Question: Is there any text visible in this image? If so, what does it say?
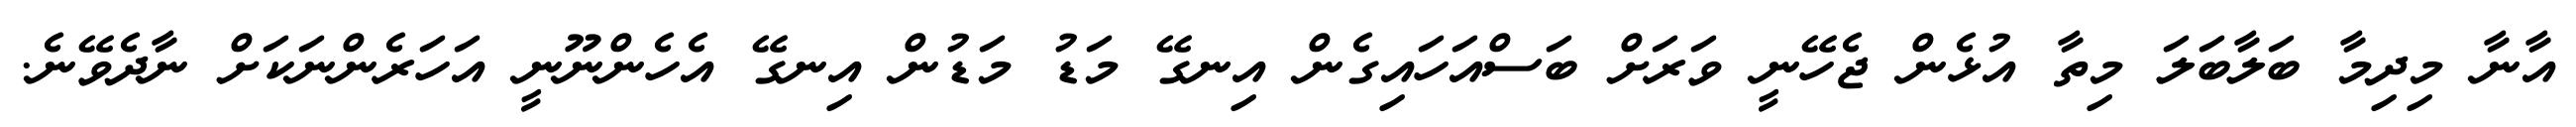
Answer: އާނާ މިދިމާ ބަލާބަލަ މިތާ އުޅެން ޖެހޭނީ ވަރަށް ބަސްއަހައިގެން އިނގޭ މަޑު މަޑުން އިނގޭ އެހެންނޫނީ އަހަރެންނަކަށް ނާދެވޭނެ.